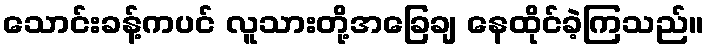
သောင်းခန့်ကပင် လူသားတို့အခြေချ နေထိုင်ခဲ့ကြသည်။